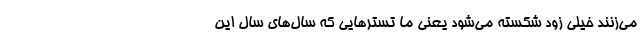
می‌زنند خیلی زود شکسته می‌شود یعنی ما تسترهایی که سال‌های سال این